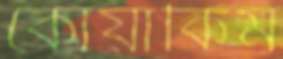
কোয়াকিম